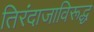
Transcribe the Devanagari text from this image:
तिरंदाजाविरूद्ध